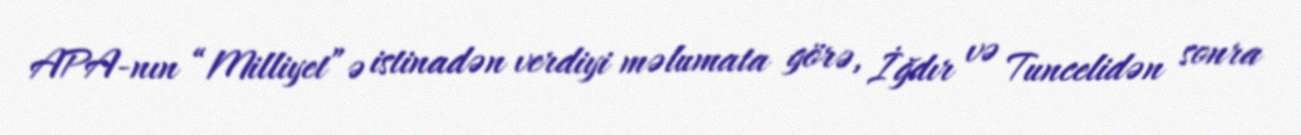
APA-nın “Milliyet”ə istinadən verdiyi məlumata görə, İğdır və Tuncelidən sonra